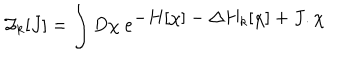
{ \cal Z } _ { k } [ J ] = \int D \chi \ e ^ { \displaystyle - H [ \chi ] - \Delta H _ { k } [ \chi ] + J . \chi }